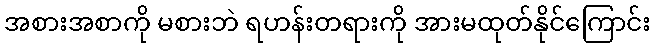
အစားအစာကို မစားဘဲ ရဟန်းတရားကို အားမထုတ်နိုင်ကြောင်း